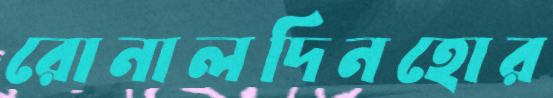
রোনালদিনহোর